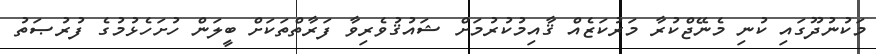
މަކުނުދޫގައި ކުނި މެނޭޖްކުރާ މަރުކަޒެއް ޤާއިމުކުރުމަށް ޝައުޤުވެރިވާ ފަރާތްތަކަށް ބީލަން ހުށަހެޅުމުގެ ފުރުޞަތު